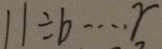
1 1 \div b \cdots r